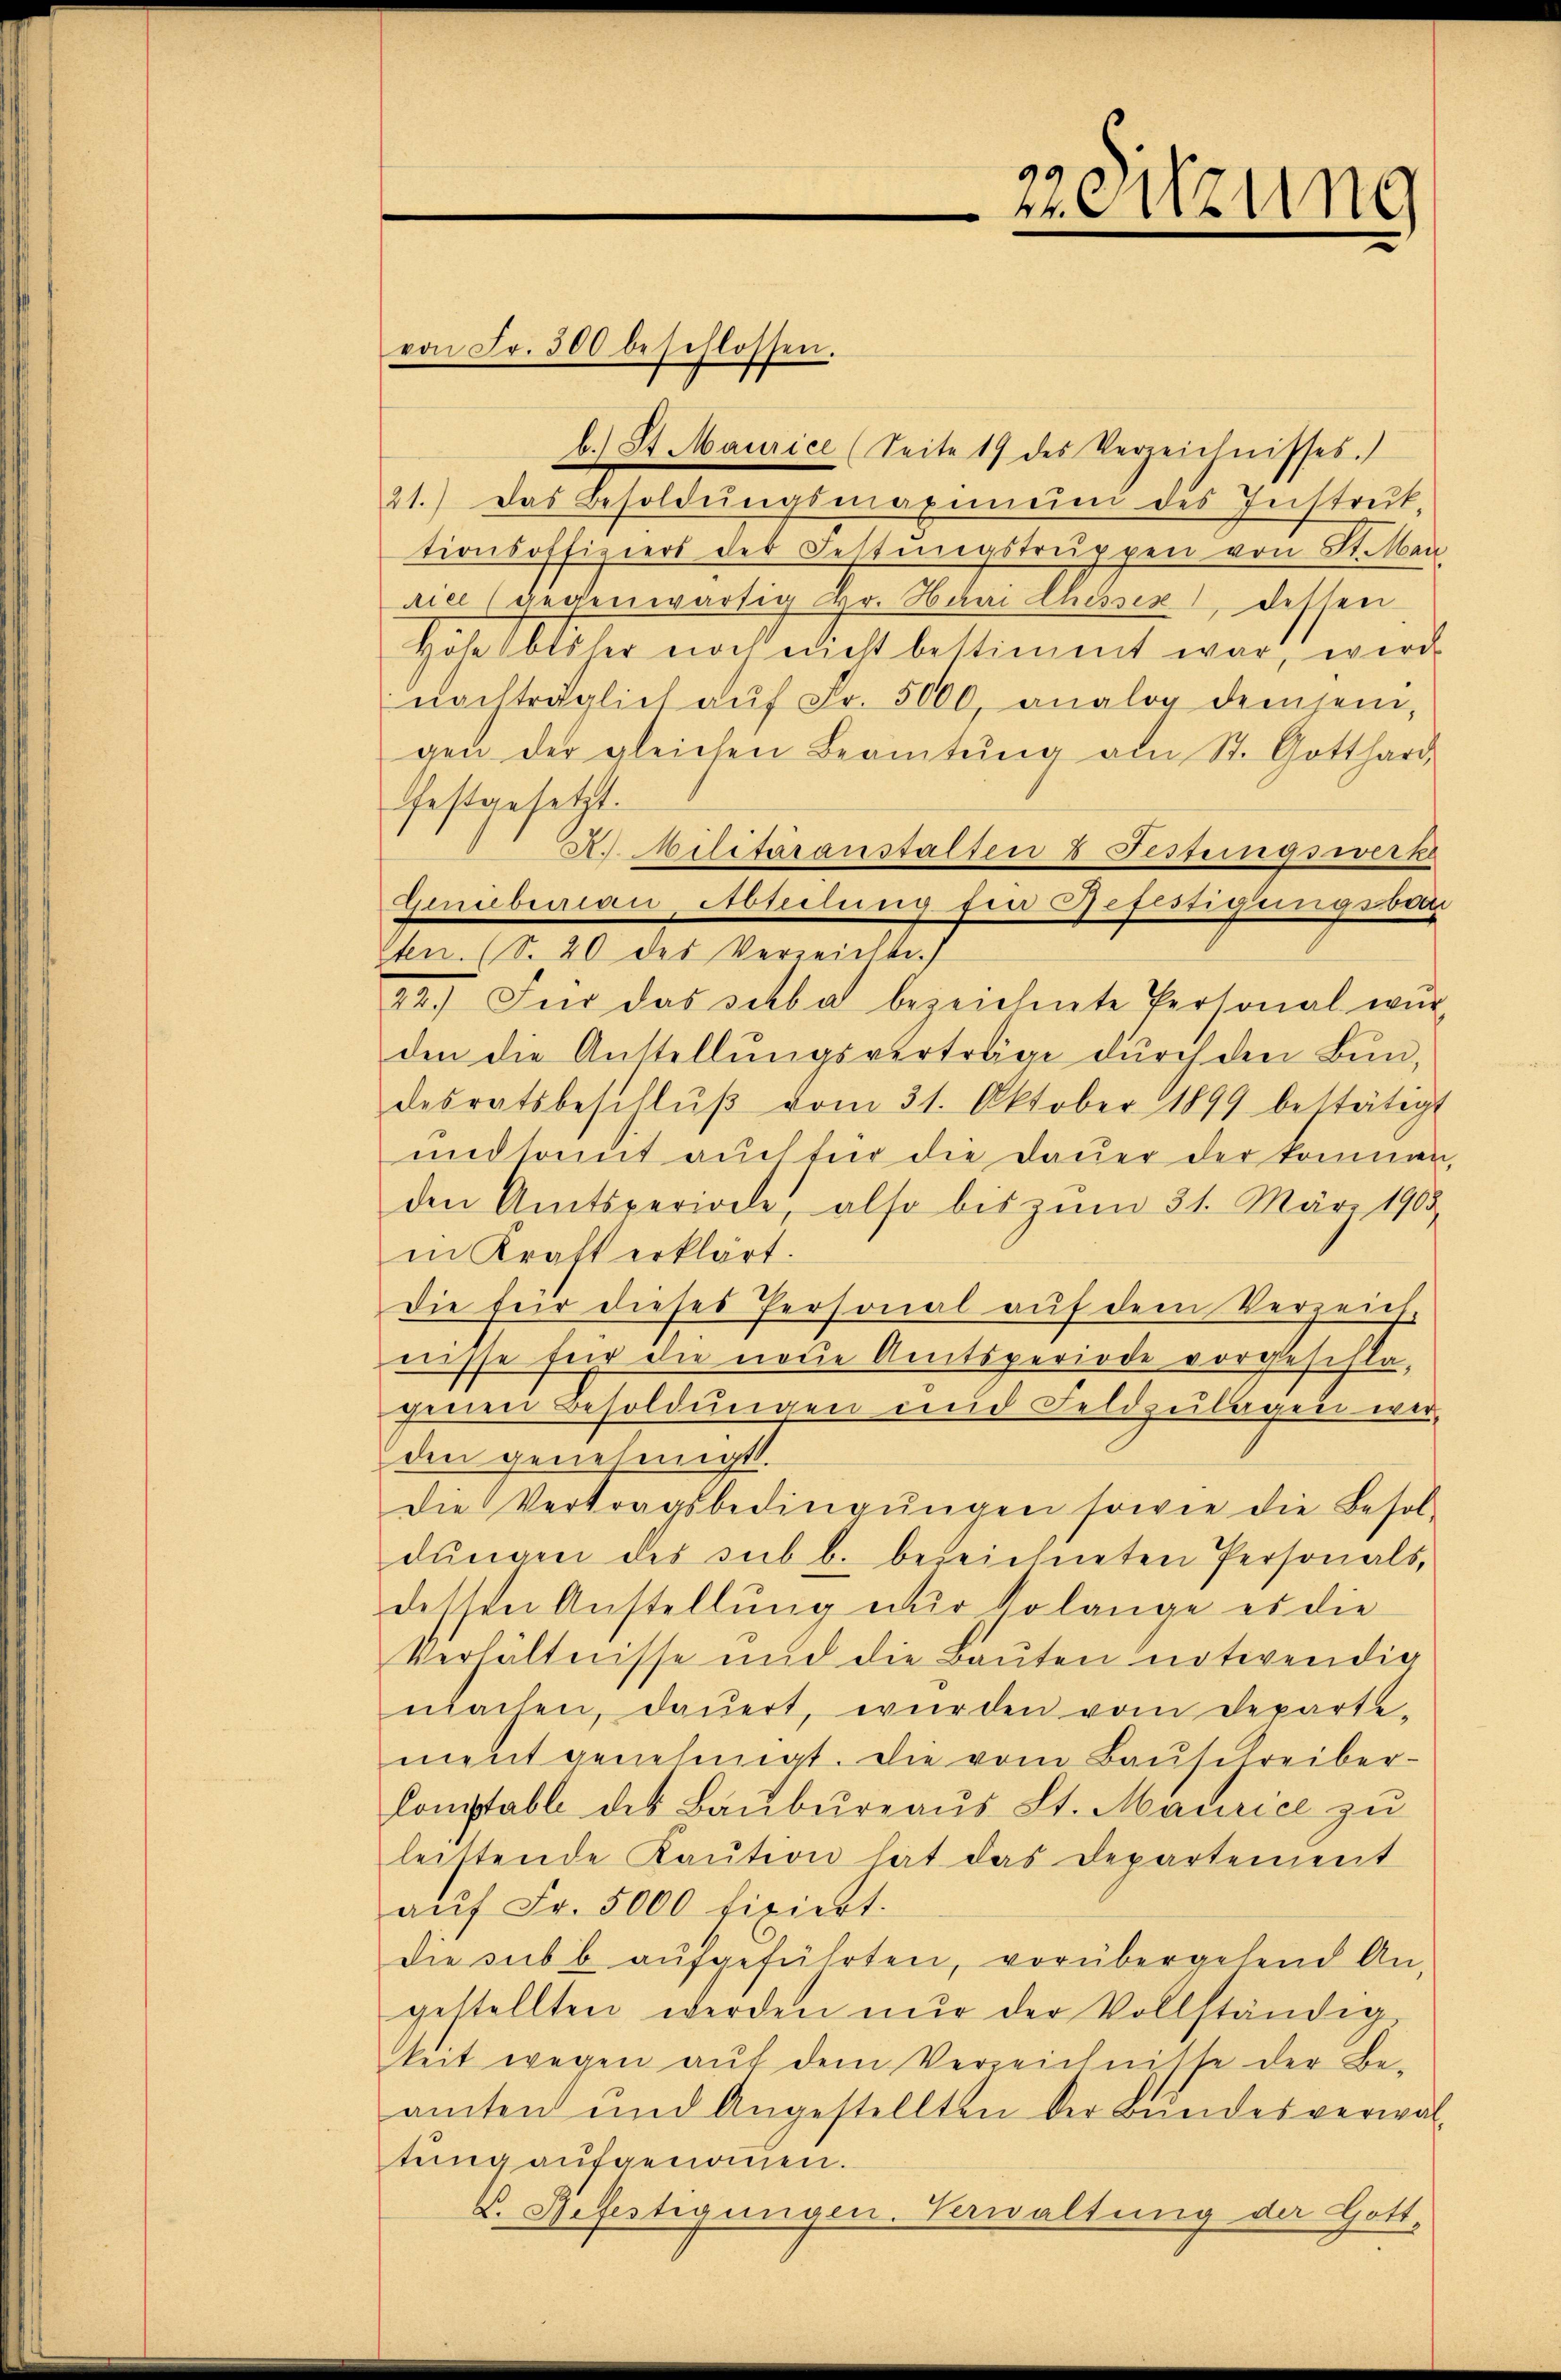
b. St. Maurice (Seite 17 des Verzeichnisses.
21.) Das Besoldŭngsmaxime des Instruk-
tionsoffiziers der Festungstruppen von St. Mart.
rice (gegenwärtig Hr. Haar Chessen, dessen
Höhe blicher noch edicht bestimmt war, werde
nachträglich aŭf Fr. 5000, analog demjenigen der gleichen Beamtŭng am St. Gotthard
festgesetzt.
A.. Militäranstalten & Festungswerke
Genieberien, Ableitung für Gefestigungsta
sten. (S. 20 des Verzeichte.
22.) Für das schba bezeichnete Personal wir
den die Anstellungsverträge durch den Bundesratsbeschlŭβ vom 31. Oktober 1899 bestätigt
midsomit auch für die Dauer der kommen
den Amtsperioele, also bis zum 31. März 1905
in Kraft erklärt.
die für dieses Personal auf dem Verzeich
nisse für die neue Amtsperiode vorgeschlagenen Besoldungen und Feldzulagen wer-
den genehmigt.
Die Vertragsbedingŭngen sowie die Besoldŭngen des sub b. bezeichneten Personals,
dessen Anstellung nur solange es die
Verhältnisse und die Baŭten notwendig
machen, dauert, würden vom Departe-
ment genehmigt. Die vom Baŭschreiber-
Constable des Baŭbureaus St. Maurice zu
leistende Kaŭtion hat das Departement
aŭf Fr. 5000 fixiert.
die subb aufgeführten, vorübergehend An-
gestellten werden nur der Vollständig
keit wegen aŭf dem Verzeichnisse der Be-
amten und Angestellten der Bŭndesverwar-
tung aufgenommen.
V. Gefertigungen. Verwaltung der Gott,

von Fr. 500 beschlossen.

zeitzung